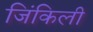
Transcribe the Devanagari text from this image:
जिंकिली